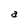
Character: a